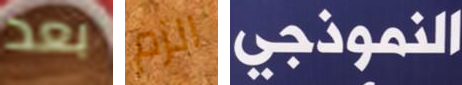
بعد الزم النموذجي